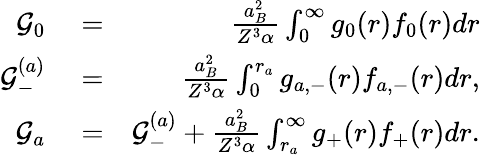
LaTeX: \begin{array}{rlr}{\mathcal{G}_{0}}&{{}=}&{\frac{a_{B}^{2}}{Z^{3}\alpha}\int_{0}^{\infty}g_{0}(r)f_{0}(r)dr}\\ {\mathcal{G}_{-}^{(a)}}&{{}=}&{\frac{a_{B}^{2}}{Z^{3}\alpha}\int_{0}^{r_{a}}g_{a,-}(r)f_{a,-}(r)dr,}\\ {\mathcal{G}_{a}}&{{}=}&{\mathcal{G}_{-}^{(a)}+\frac{a_{B}^{2}}{Z^{3}\alpha}\int_{r_{a}}^{\infty}g_{+}(r)f_{+}(r)dr.}\end{array}